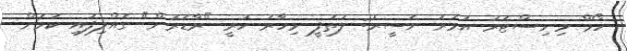
ހޯމް މިނިސްޓަރު އުމަރު ނަސީރު: ލުތުފީ މިހާރު ހުރީ "ރާޑަރުން" ގެއްލިފައި ކަމަށް